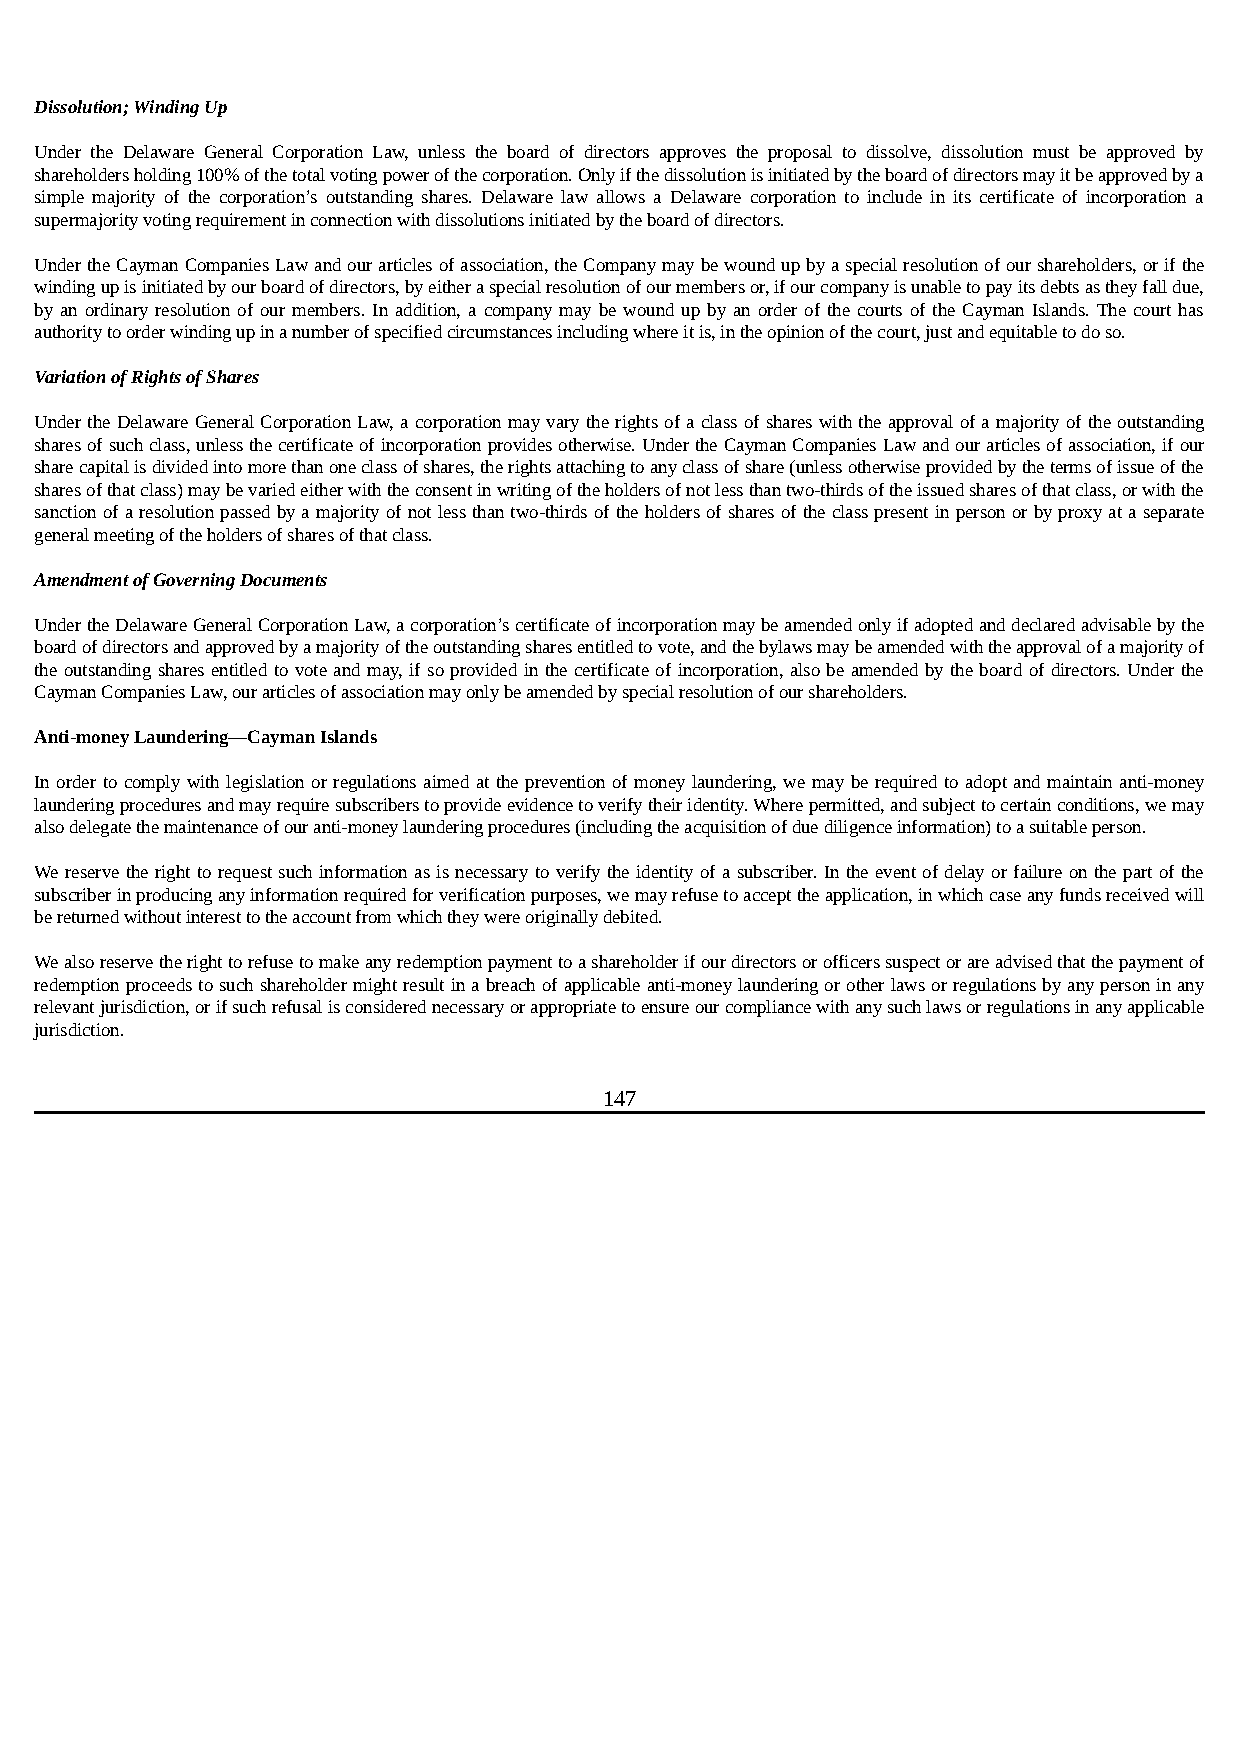
Dissolution; Winding Up
 Under the Delaware General Corporation Law, unless the board of directors approves the proposal to dissolve, dissolution must be approved by
 shareholders holding 100% of the total voting power of the corporation. Only if the dissolution is initiated by the board of directors may it be approved by a
 simple majority of the corporation’s outstanding shares. Delaware law allows a Delaware corporation to include in its certificate of incorporation a
 supermajority voting requirement in connection with dissolutions initiated by the board of directors.
 Under the Cayman Companies Law and our articles of association, the Company may be wound up by a special resolution of our shareholders, or if the
 winding up is initiated by our board of directors, by either a special resolution of our members or, if our company is unable to pay its debts as they fall due,
 by an ordinary resolution of our members. In addition, a company may be wound up by an order of the courts of the Cayman Islands. The court has
 authority to order winding up in a number of specified circumstances including where it is, in the opinion of the court, just and equitable to do so.
 Variation of Rights of Shares
 Under the Delaware General Corporation Law, a corporation may vary the rights of a class of shares with the approval of a majority of the outstanding
 shares of such class, unless the certificate of incorporation provides otherwise. Under the Cayman Companies Law and our articles of association, if our
 share capital is divided into more than one class of shares, the rights attaching to any class of share (unless otherwise provided by the terms of issue of the
 shares of that class) may be varied either with the consent in writing of the holders of not less than two-thirds of the issued shares of that class, or with the
 sanction of a resolution passed by a majority of not less than two-thirds of the holders of shares of the class present in person or by proxy at a separate
 general meeting of the holders of shares of that class.
 Amendment of Governing Documents
 Under the Delaware General Corporation Law, a corporation’s certificate of incorporation may be amended only if adopted and declared advisable by the
 board of directors and approved by a majority of the outstanding shares entitled to vote, and the bylaws may be amended with the approval of a majority of
 the outstanding shares entitled to vote and may, if so provided in the certificate of incorporation, also be amended by the board of directors. Under the
 Cayman Companies Law, our articles of association may only be amended by special resolution of our shareholders.
 Anti-money Laundering—Cayman Islands
 In order to comply with legislation or regulations aimed at the prevention of money laundering, we may be required to adopt and maintain anti-money
 laundering procedures and may require subscribers to provide evidence to verify their identity. Where permitted, and subject to certain conditions, we may
 also delegate the maintenance of our anti-money laundering procedures (including the acquisition of due diligence information) to a suitable person.
 We reserve the right to request such information as is necessary to verify the identity of a subscriber. In the event of delay or failure on the part of the
 subscriber in producing any information required for verification purposes, we may refuse to accept the application, in which case any funds received will
 be returned without interest to the account from which they were originally debited.
 We also reserve the right to refuse to make any redemption payment to a shareholder if our directors or officers suspect or are advised that the payment of
 redemption proceeds to such shareholder might result in a breach of applicable anti-money laundering or other laws or regulations by any person in any
 relevant jurisdiction, or if such refusal is considered necessary or appropriate to ensure our compliance with any such laws or regulations in any applicable
 jurisdiction.
 147